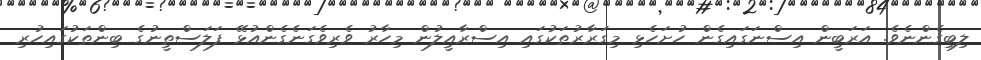
ލިބިގެންނެވެ. އަރަބީން އިސްނަގައިގެން ހުށަހެޅި މިގަރާރުތަކުގައި އިސްރާއީލުން މިހާރު ވެރިވެގަނެގެންއުޅޭ ފަލަސްތީނުގެ ބިންތަކުގައިހުރި